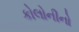
કોલોનીનો